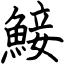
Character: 鯜